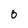
Character: 0